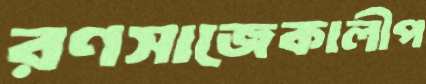
রণসাজেকালীপ